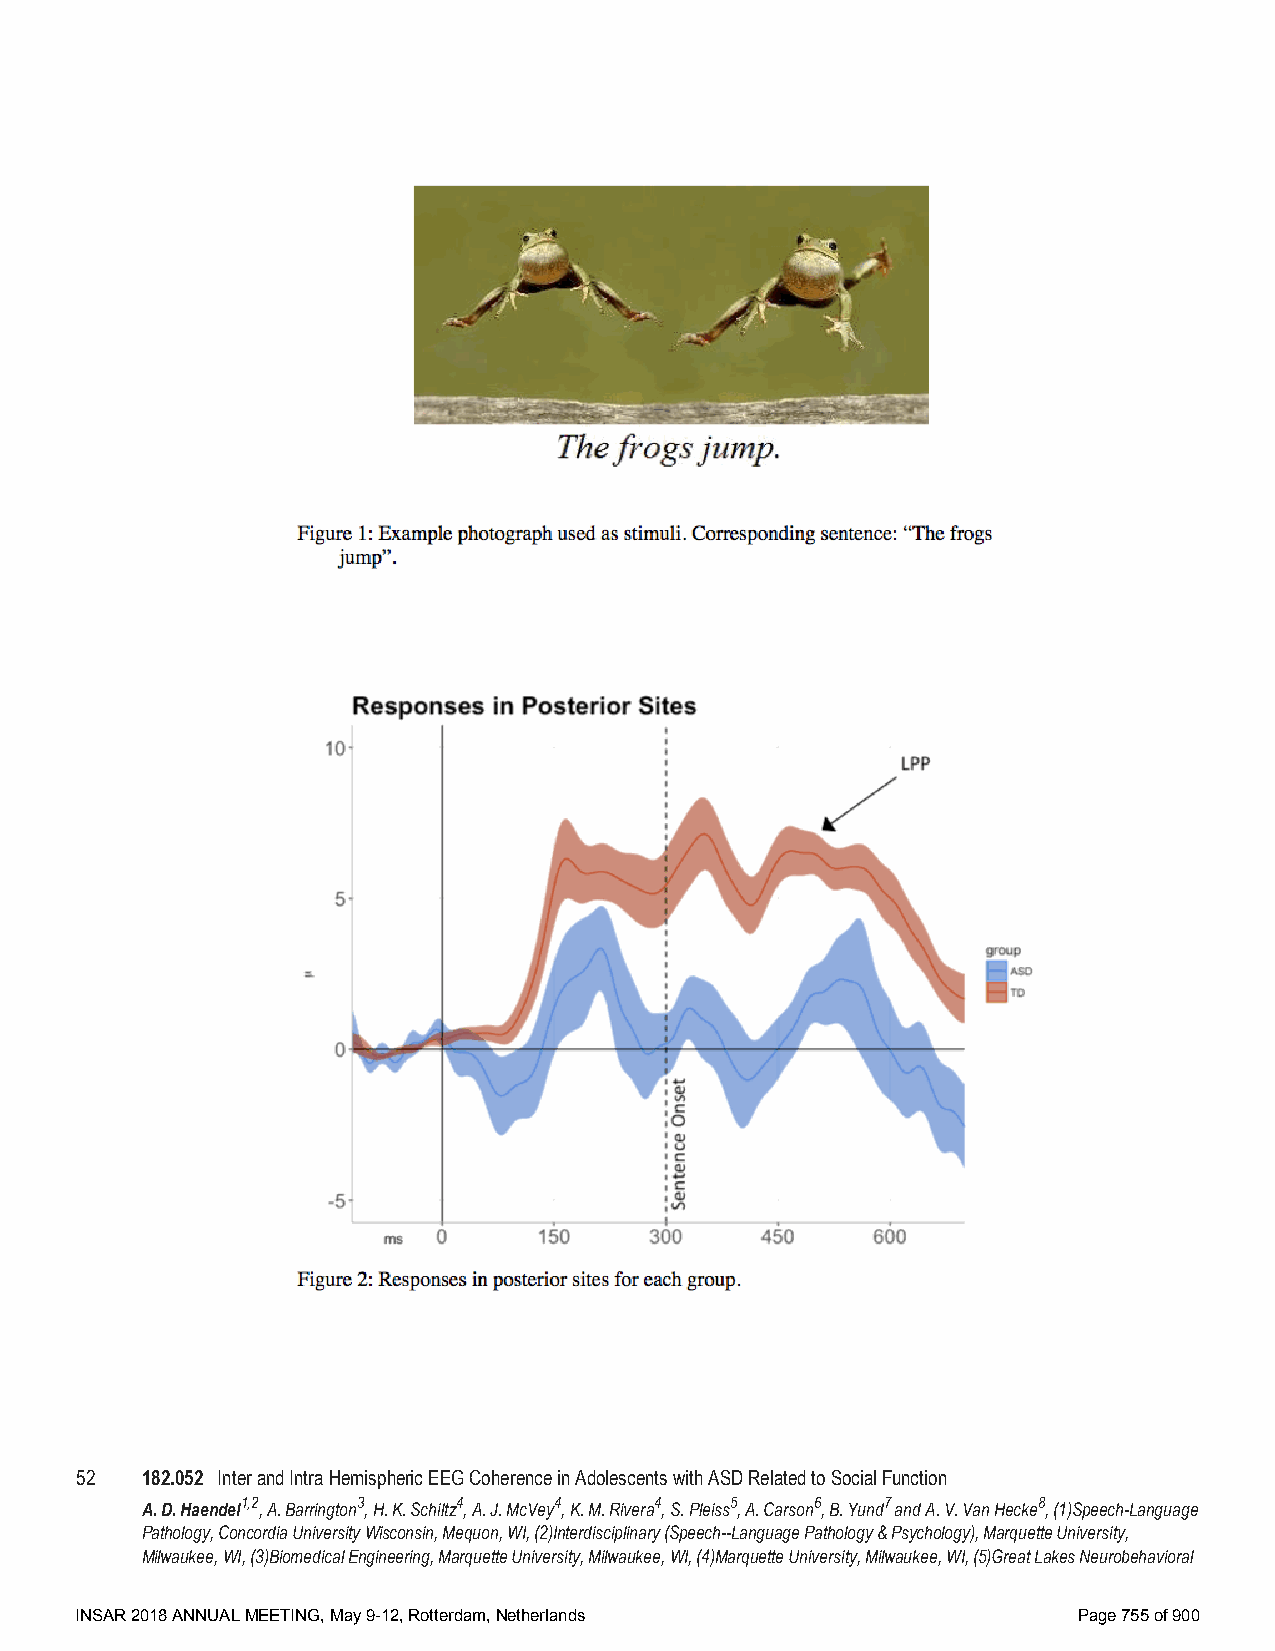
52  182.052 Inter and Intra Hemispheric EEG Coherence in Adolescents with ASD Related to Social Function
 A. D. Haendel1,2, A. Barrington3, H. K. Schiltz4, A. J. McVey4, K. M. Rivera4, S. Pleiss5, A. Carson6, B. Yund7 and A. V. Van Hecke8, (1)Speech-Language
 Pathology, Concordia University Wisconsin, Mequon, WI, (2)Interdisciplinary (Speech--Language Pathology & Psychology), Marquette University,
 Milwaukee, WI, (3)Biomedical Engineering, Marquette University, Milwaukee, WI, (4)Marquette University, Milwaukee, WI, (5)Great Lakes Neurobehavioral
 INSAR 2018 ANNUAL MEETING, May 9-12, Rotterdam, Netherlands       Page 755 of 900